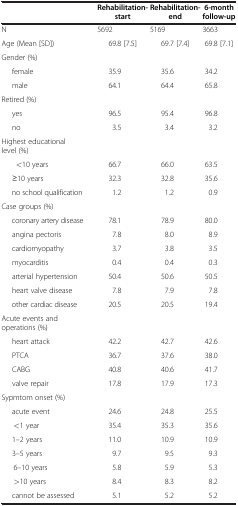
<table><thead><tr><td><b> </b></td><td><b>Rehabilitation-start</b></td><td><b>Rehabilitation-end</b></td><td><b>6-monthfollow-up</b></td></tr></thead><tbody><tr><td>N</td><td>5692</td><td>5169</td><td>3663</td></tr><tr><td>Age (Mean [SD])</td><td>69.8 [7.5]</td><td>69.7 [7.4]</td><td>69.8 [7.1]</td></tr><tr><td>Gender (%)</td><td> </td><td> </td><td> </td></tr><tr><td>female</td><td>35.9</td><td>35.6</td><td>34.2</td></tr><tr><td>male</td><td>64.1</td><td>64.4</td><td>65.8</td></tr><tr><td>Retired (%)</td><td> </td><td> </td><td> </td></tr><tr><td>yes</td><td>96.5</td><td>95.4</td><td>96.8</td></tr><tr><td>no</td><td>3.5</td><td>3.4</td><td>3.2</td></tr><tr><td>Highest educational level (%)</td><td> </td><td> </td><td> </td></tr><tr><td>&lt;10 years</td><td>66.7</td><td>66.0</td><td>63.5</td></tr><tr><td>≥10 years</td><td>32.3</td><td>32.8</td><td>35.6</td></tr><tr><td>no school qualification</td><td>1.2</td><td>1.2</td><td>0.9</td></tr><tr><td>Case groups (%)</td><td> </td><td> </td><td> </td></tr><tr><td>coronary artery disease</td><td>78.1</td><td>78.9</td><td>80.0</td></tr><tr><td>angina pectoris</td><td>7.8</td><td>8.0</td><td>8.9</td></tr><tr><td>cardiomyopathy</td><td>3.7</td><td>3.8</td><td>3.5</td></tr><tr><td>myocarditis</td><td>0.4</td><td>0.4</td><td>0.3</td></tr><tr><td>arterial hypertension</td><td>50.4</td><td>50.6</td><td>50.5</td></tr><tr><td>heart valve disease</td><td>7.8</td><td>7.9</td><td>7.8</td></tr><tr><td>other cardiac disease</td><td>20.5</td><td>20.5</td><td>19.4</td></tr><tr><td>Acute events and operations (%)</td><td> </td><td> </td><td> </td></tr><tr><td>heart attack</td><td>42.2</td><td>42.7</td><td>42.6</td></tr><tr><td>PTCA</td><td>36.7</td><td>37.6</td><td>38.0</td></tr><tr><td>CABG</td><td>40.8</td><td>40.6</td><td>41.7</td></tr><tr><td>valve repair</td><td>17.8</td><td>17.9</td><td>17.3</td></tr><tr><td>Sypmtom onset (%)</td><td> </td><td> </td><td> </td></tr><tr><td>acute event</td><td>24.6</td><td>24.8</td><td>25.5</td></tr><tr><td>&lt;1 year</td><td>35.4</td><td>35.3</td><td>35.6</td></tr><tr><td>1–2 years</td><td>11.0</td><td>10.9</td><td>10.9</td></tr><tr><td>3–5 years</td><td>9.7</td><td>9.5</td><td>9.3</td></tr><tr><td>6–10 years</td><td>5.8</td><td>5.9</td><td>5.3</td></tr><tr><td>&gt;10 years</td><td>8.4</td><td>8.3</td><td>8.2</td></tr><tr><td>cannot be assessed</td><td>5.1</td><td>5.2</td><td>5.2</td></tr></tbody></table>